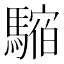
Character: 𩥥